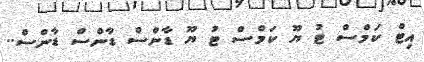
އިޓް ކަމްސް ޓު ޔޫ ކަމްސް ޓު ޔޫ ޑާންސް ޑާންސް ޑާންސް..